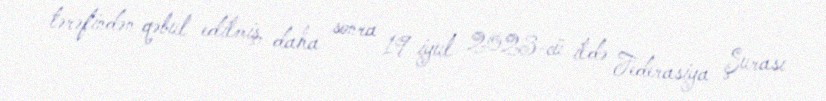
tərəfindən qəbul edilmiş, daha sonra 19 iyul 2023-cü ildə Federasiya Şurası